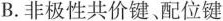
B. 非极性共价键配位键